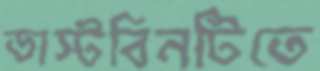
ডাস্টবিনটিতে